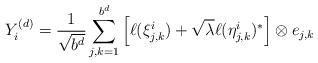
LaTeX: \begin{align*}Y_i^{(d)} = \frac{1}{\sqrt{b^d}} \sum_{j,k=1}^{b^d} \left[ \ell(\xi^i_{j,k}) + \sqrt{\lambda} \ell(\eta^i_{j,k})^*\right]\otimes e_{j,k}\end{align*}